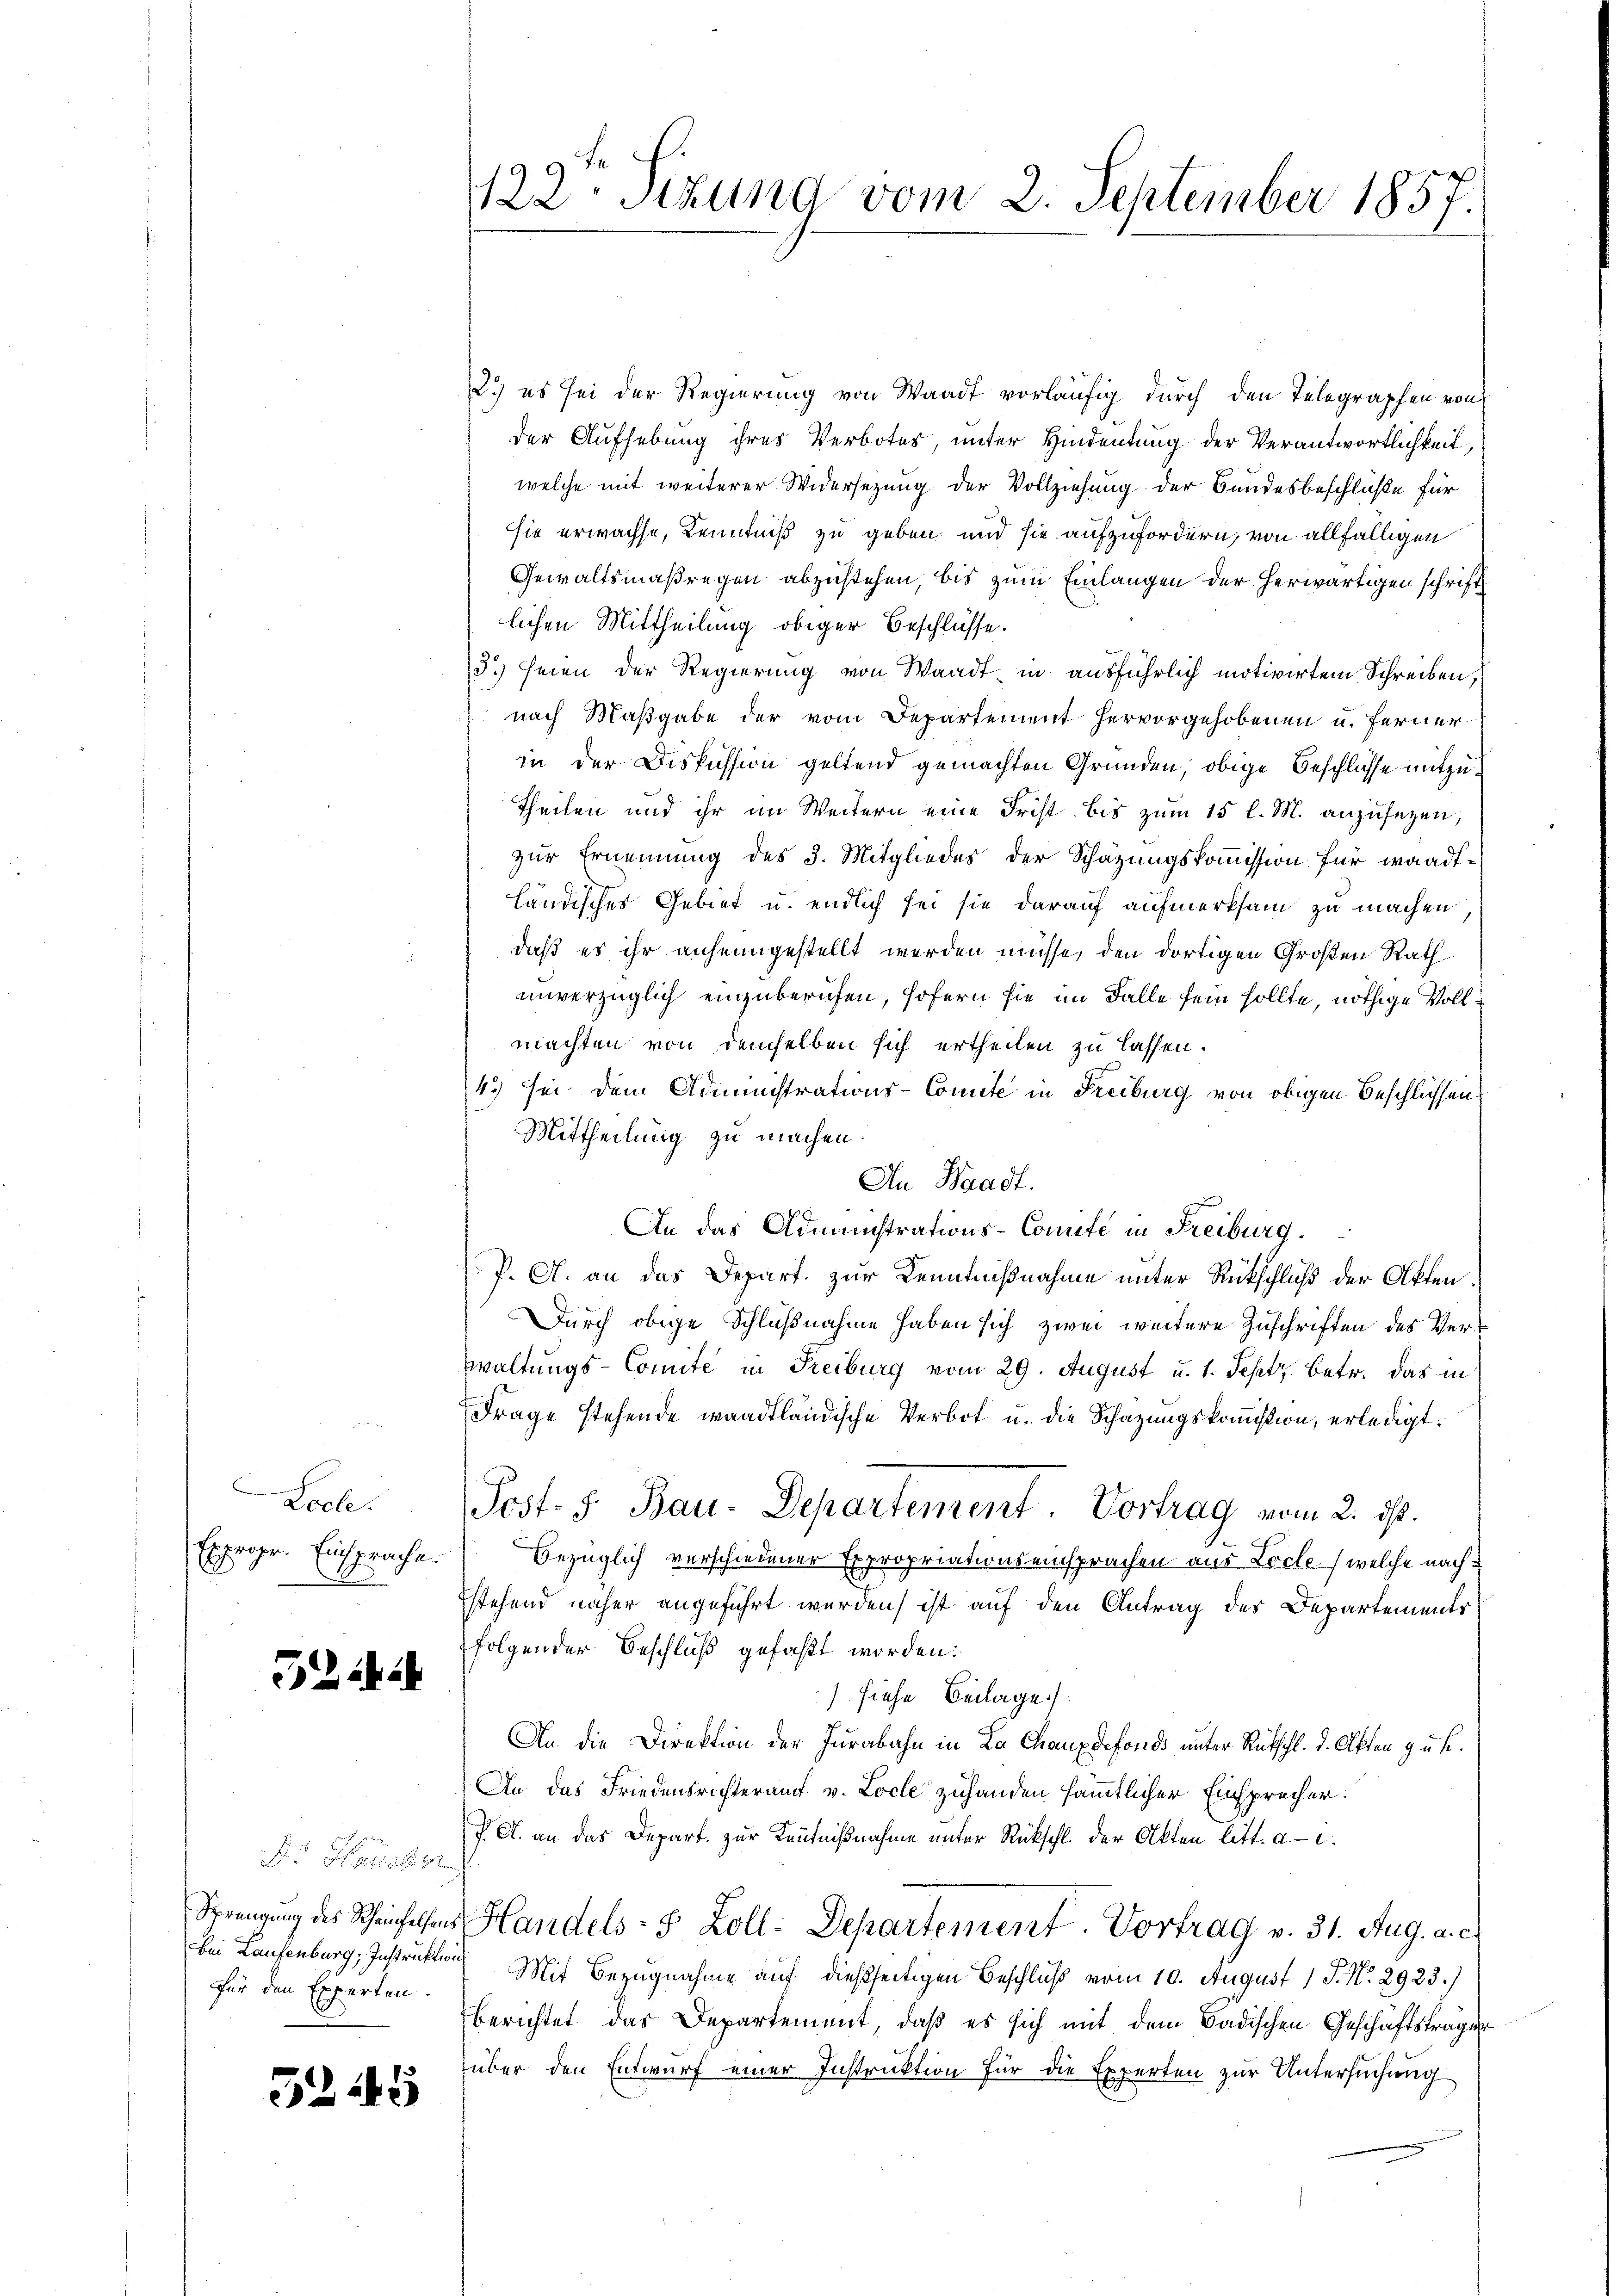
Leele.
Expropr. Einsprache.

F. Hals 89
bei Laufenburg, Instruktion
Für den Experten.

32445

122. Sizung vom 2. September 1857.

2.) es sei der Regierung von Waadt vorläufig durch den Telegraphen von
der Aufhebung ihres Verbotes, unter Hindeutung der Verantwortlichkeit,
welche mit weiterer Widersezung der Vollziehung der Bundesbeschlüße für
sie erwachse, Kenntniß zu geben und sie aufzufordern, von allfälligen
Gewaltsmaßregen abzustehen, bis zum Einlangen der herwärtigen schrift
lichen Mittheilung obiger Beschlüsse.
3.) seien der Regierung von Waadt in ausführlich motivirten Schreiben,
nach Maßgabe der vom Departement hervorgehobenen u. ferner
in der Diskussion geltend gemachten Gründen, obige Beschlüsse mitzu¬
Theilen und ihr im Weitern eine Frist bis zum 15 l. M. anzusehen,
zur Ernennung des 3. Mitgliedes der Schätzungskommission für wandtländisches Gebiet u. endlich sei sie darauf aufmerksam zu machen
daß es ihr anheimgestellt werden müsse, den dortigen Großen Rath
unverzüglich einzuberufen, sofern sie im Falle sein sollte, nöthige Vollmachten von demselben sich ertheilen zu lassen.
4. sei dem Administrations-Comite in Freiburg von obigen Beschlüssen
Mittheilung zu machen.
An Waadt.
An das Administrations-Comité in Freiburg.
P. A. an das Depart. zur Kenntnißnahme unter Rückschluß der Akten.
Durch obige Schlußnahme haben sich zwei weitere Zuschriften des Verwaltungs-Comité in Freiburg vom 29. August u. 1. Septz betr. das in
Frage stehende waadtländische Verbot u. die Schazungskommißion, erledigt.
Post- J. Bau-Departement. Vortrag vom 2. ds.
Bezüglich verschiedener Expropriationseinsprachen aus Loche, welche nachstehend näher angeführt werden, ist auf den Antrag des Departements
folgender Beschluß gefaßt worden:
) siehe Beilage
An die Direktion der Jurabahn in La Chauxdefonds unter Rückschl. d. Akten gut.
An das Friedensrichterauf v. Loche zuhanden sämmtlicher Einsprecher.
J. A. an das Depart. zur Kenntnißnahme unter Rückschl. der Akten litt. a. c.
Sprengung des Scheinfelsens Handels- 8 Zoll-Departement. Vortrag v. 31. Aug. a. c.
Mit Bezugnahme auf dießseitigen Beschluß vom 10. August 1 J. N. 2923.)
berichtet das Departement, daß es sich mit dem Badischen Geschäftsträger
über den Entwurf einer Instruktion für die Experten zur Untersuchung